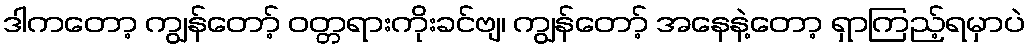
ဒါကတော့ ကျွန်တော့် ဝတ္တရားကိုးခင်ဗျ၊ ကျွန်တော့် အနေနဲ့တော့ ရှာကြည့်ရမှာပဲ